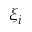
\xi _ { i }